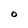
Character: O